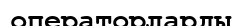
операторларды